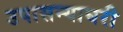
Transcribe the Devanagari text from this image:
उपासन्याघरी